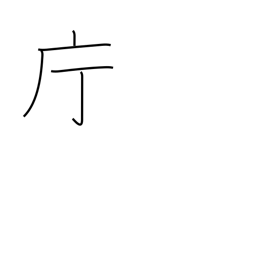
Meaning: government office